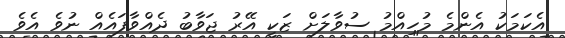
އެކަމަކު އެންމެ މުހިއްމު ސުވާލަށް ޒަކީ އޭރު ޖަވާބު ދެއްވާފައެއް ނުވެ އެވެ